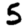
Digit: 5